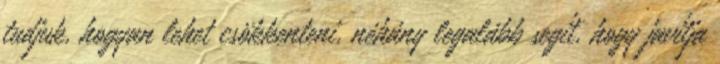
tudjuk, hogyan lehet csökkenteni, néhány legalább segít, hogy javítja